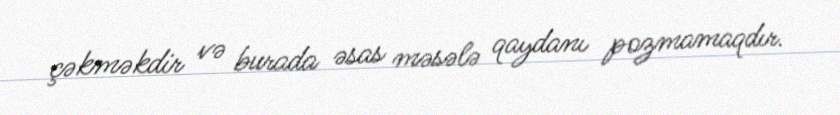
çəkməkdir və burada əsas məsələ qaydanı pozmamaqdır.